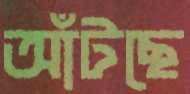
আঁটছে